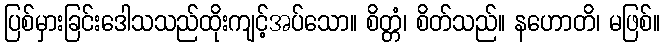
ပြစ်မှားခြင်းဒေါသသည်ထိုးကျင့်အပ်သော။ စိတ္တံ၊ စိတ်သည်။ နဟောတိ၊ မဖြစ်။